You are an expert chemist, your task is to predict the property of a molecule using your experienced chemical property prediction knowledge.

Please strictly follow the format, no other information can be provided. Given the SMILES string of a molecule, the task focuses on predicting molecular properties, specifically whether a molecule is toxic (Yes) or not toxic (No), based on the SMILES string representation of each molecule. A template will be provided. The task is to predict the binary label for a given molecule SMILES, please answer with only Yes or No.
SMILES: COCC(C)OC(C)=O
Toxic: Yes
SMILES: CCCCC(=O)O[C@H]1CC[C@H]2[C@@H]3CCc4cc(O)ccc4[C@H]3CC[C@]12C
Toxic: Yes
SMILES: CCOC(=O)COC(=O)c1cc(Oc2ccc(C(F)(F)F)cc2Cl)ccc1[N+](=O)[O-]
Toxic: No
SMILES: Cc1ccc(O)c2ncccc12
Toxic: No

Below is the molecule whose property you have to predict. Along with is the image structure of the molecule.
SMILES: CC1=NN(c2ccc(C)c(C)c2)C(=O)/C1=N/Nc1cccc(-c2cccc(C(=O)O)c2)c1O
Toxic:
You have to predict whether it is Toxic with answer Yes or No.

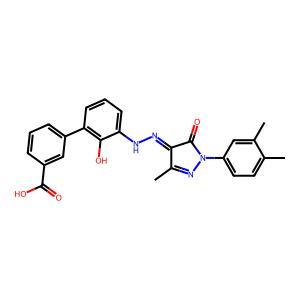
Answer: No